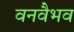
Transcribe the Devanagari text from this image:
वनवैभव